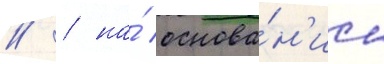
// / на́ основа́н'ии